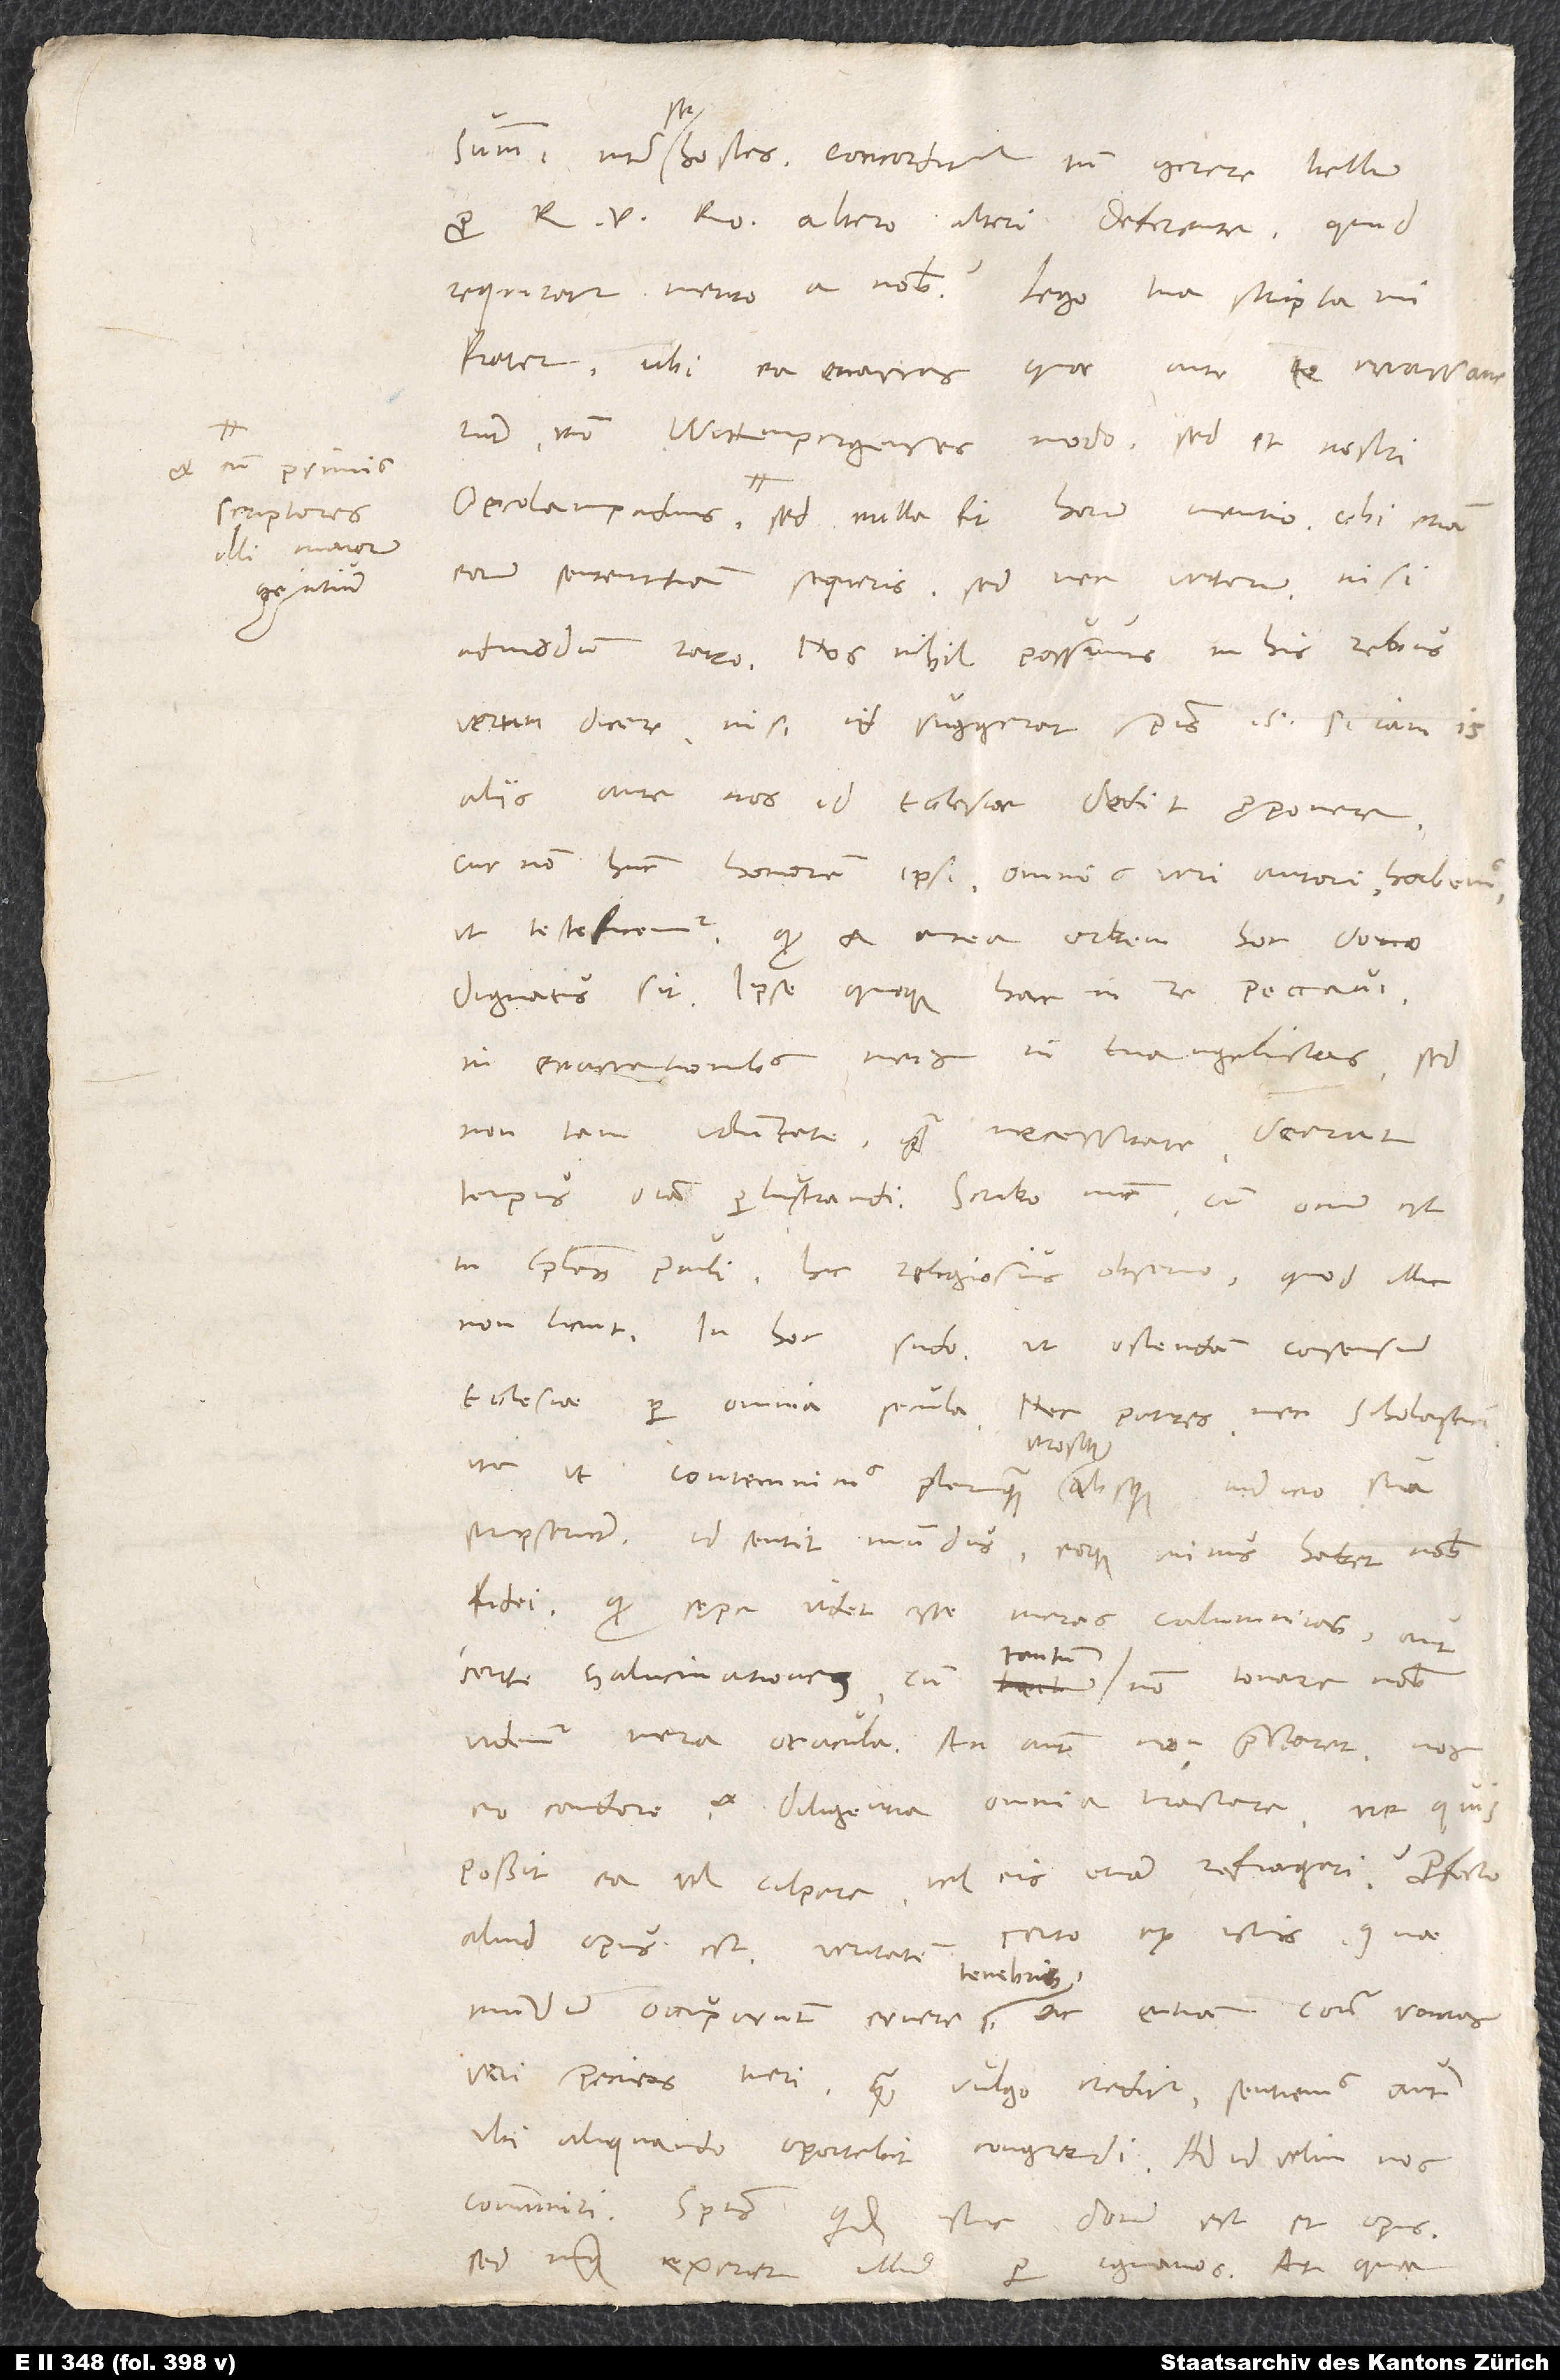
et cum primis
scriptores
illi maiorum
gentium.

summi inter se hostes concorditer tamen gerere bellum
pro r, altero alteri deferente. Quid
frater, ubi ea enarras, quae ante te enarraverunt
non Wittenpergenses modo, sed et nostri,
eorum sententiam sequeris, sed nec veterum, nisi
admodum raro. Nos nihil possemus in his rebus
verum dicere, nisi id suggerat spiritus sanctus.
aliis ante nos id ecclesiae dedit proponere,
cur non hunc honorem ipsi, omnis veri autori, habemus,
ut testificemur, quod et antea orbem hoc dono
dignatus sit? Ipse quoque hac in re peccavi
in enarrationibus meis in evangelistas, sed
non tam voluntate quam necessitate; deerat
tempus omnia perlustrandi. Scribo nunc, cum ocium est,
in epistolas Pauli. Hic religiosius observo, quod illic
non licuit. In hoc sudo, ut ostendam consensum
ecclesiae per omnia secula. Nec patres nec scholastici
fidei, quam sępe videt esse meras calumnias aut
tantum
certe halucinationes, cum tantum non tonare nobis
videmur mera oracula. An autem non praestaret nos
eo condere et diligentia omnia tractare, ne quis
possit ea vel culpare vel eis etiam refragari? Profecto
aliud opus est - veritatem certo
mundum occuparunt, eruere tenebris ac etiam contra varias
veri species tueri -, quam vulgo creditur. Sentiemus autem,
ubi aliquando oportebit congredi. Ad id velim nos
communiri. Spiritus quidem istuc donum est et opus,
sed nunquam exercet illud per ignavos. At quae